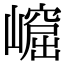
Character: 𡼿